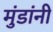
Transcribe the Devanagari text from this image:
मुंडांनी